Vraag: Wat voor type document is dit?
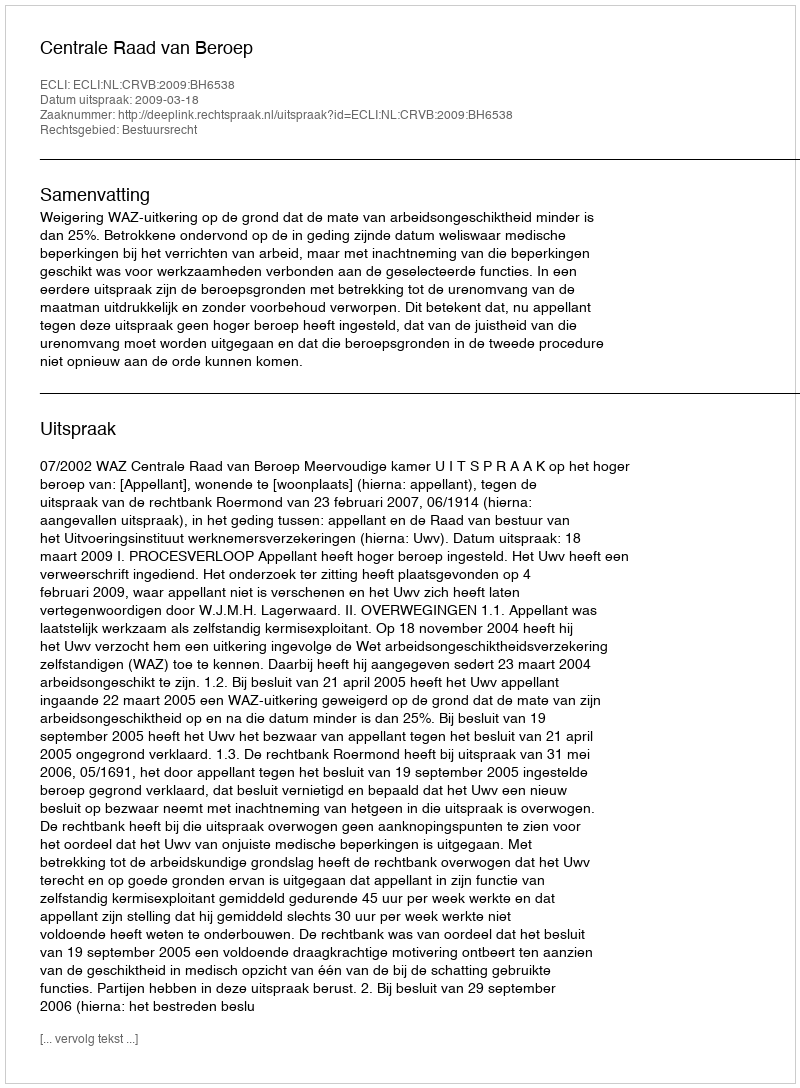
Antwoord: Uitspraak